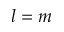
l = m